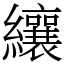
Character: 纕